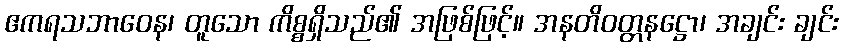
ဧကရသဘာဝေန၊ တူသော ကိစ္စရှိသည်၏ အဖြစ်ဖြင့်။ အနတိဝတ္တနဋ္ဌော၊ အချင်း ချင်း